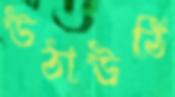
উঠাউঠি